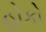
હોકો